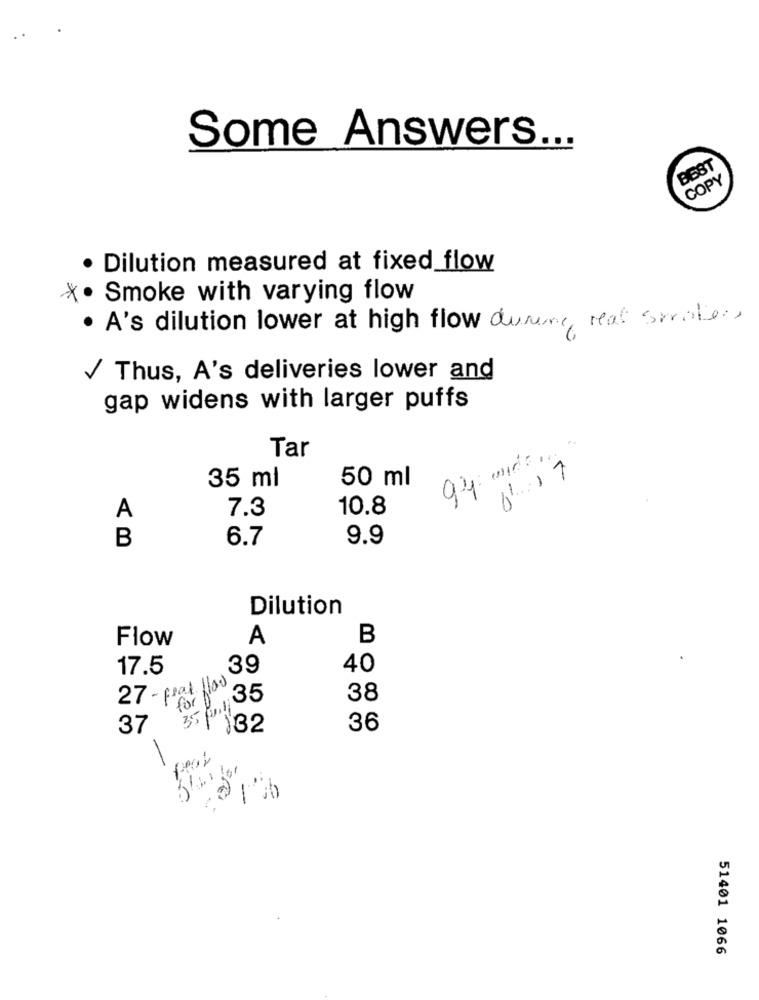
Some Answers ...
BEST
COPY
· Dilution measured at fixed flow
X. Smoke with varying flow
. A's dilution lower at high flow during real strate .,
/ Thus, A's deliveries lower and
gap widens with larger puffs
Tar
35 ml
50 ml
A
7.3
10.8
B
6.7
9.9
Dilution
Flow
A
B
17.5
.39
40
27 - feat flow
35/01/35
for
38
37
132
36
-
51401 1066